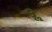
૬ૢ